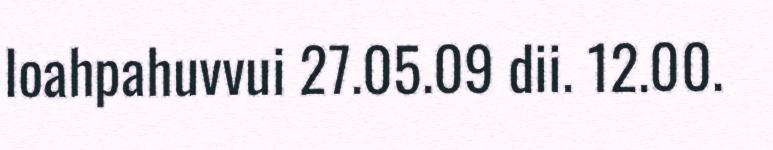
loahpahuvvui 27.05.09 dii. 12.00.